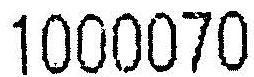
1000070